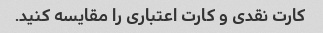
کارت نقدی و کارت اعتباری را مقایسه کنید.